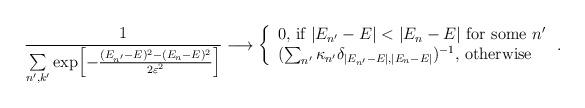
LaTeX: \begin{align*}{ 1 \over \sum\limits_{n',k'} \exp\!\left[ { -{(E_{n'} -E)^2 - (E_n -E)^2 \over 2 \varepsilon^2} } \right] } \longrightarrow \left\{\begin{array}{l} 0\mbox{, if }|E_{n'} -E|< |E_n -E|\mbox{ for some }n' \\ (\sum_{n'} \kappa_{n'}\delta_{|E_{n'} -E|,|E_n -E|})^{-1}\mbox{, otherwise} \end{array}\right. .\end{align*}